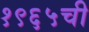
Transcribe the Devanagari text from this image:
१९६५ची